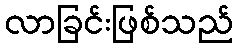
လာခြင်းဖြစ်သည်